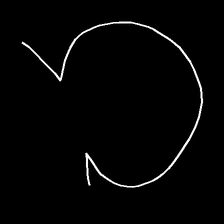
Glyph: weave